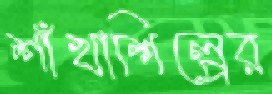
শাঁখাশিল্পের